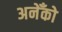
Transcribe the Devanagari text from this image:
अनेँको